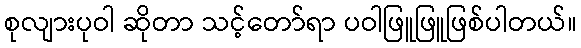
စုလျားပုဝါ ဆိုတာ သင့်တော်ရာ ပဝါဖြူဖြူဖြစ်ပါတယ်။